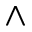
\wedge